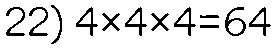
22) 4×4×4=64